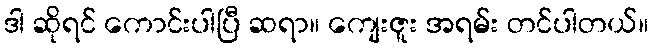
ဒါ ဆိုရင် ကောင်းပါပြီ ဆရာ။ ကျေးဇူး အရမ်း တင်ပါတယ်။